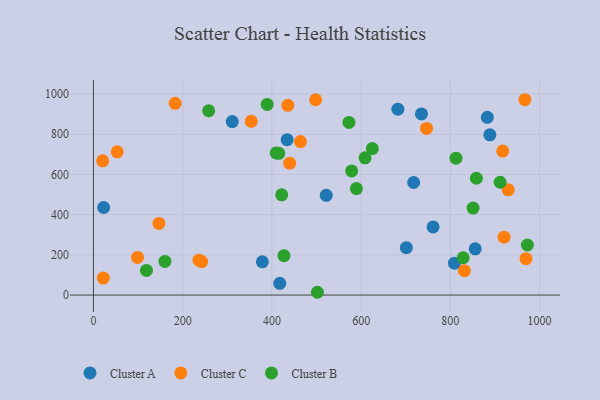
{"axis": {"x": "Investment", "y": "Rating"}, "legend": ["Cluster A", "Cluster B", "Cluster C"], "data": [{"x": "735.2", "y": 901.5, "type": "Cluster A"}, {"x": "855.7", "y": 229.8, "type": "Cluster A"}, {"x": "761.2", "y": 339.1, "type": "Cluster A"}, {"x": "717.7", "y": 560.0, "type": "Cluster A"}, {"x": "682.3", "y": 925.2, "type": "Cluster A"}, {"x": "22.9", "y": 435.7, "type": "Cluster A"}, {"x": "434.2", "y": 773.0, "type": "Cluster A"}, {"x": "521.8", "y": 496.1, "type": "Cluster A"}, {"x": "809.1", "y": 158.6, "type": "Cluster A"}, {"x": "882.8", "y": 884.4, "type": "Cluster A"}, {"x": "701.3", "y": 235.8, "type": "Cluster A"}, {"x": "888.5", "y": 797.1, "type": "Cluster A"}, {"x": "378.6", "y": 165.1, "type": "Cluster A"}, {"x": "417.6", "y": 58.5, "type": "Cluster A"}, {"x": "311.1", "y": 863.4, "type": "Cluster A"}, {"x": "20.6", "y": 667.8, "type": "Cluster C"}, {"x": "967.0", "y": 972.0, "type": "Cluster C"}, {"x": "969.5", "y": 180.9, "type": "Cluster C"}, {"x": "917.4", "y": 716.3, "type": "Cluster C"}, {"x": "929.7", "y": 523.7, "type": "Cluster C"}, {"x": "831.4", "y": 121.4, "type": "Cluster C"}, {"x": "439.8", "y": 656.4, "type": "Cluster C"}, {"x": "236.4", "y": 173.4, "type": "Cluster C"}, {"x": "353.7", "y": 864.4, "type": "Cluster C"}, {"x": "22.2", "y": 84.4, "type": "Cluster C"}, {"x": "146.8", "y": 356.5, "type": "Cluster C"}, {"x": "920.3", "y": 288.2, "type": "Cluster C"}, {"x": "464.0", "y": 763.5, "type": "Cluster C"}, {"x": "53.3", "y": 712.9, "type": "Cluster C"}, {"x": "242.5", "y": 166.7, "type": "Cluster C"}, {"x": "746.6", "y": 829.3, "type": "Cluster C"}, {"x": "435.8", "y": 944.3, "type": "Cluster C"}, {"x": "183.2", "y": 954.1, "type": "Cluster C"}, {"x": "98.8", "y": 187.0, "type": "Cluster C"}, {"x": "498.1", "y": 971.9, "type": "Cluster C"}, {"x": "572.7", "y": 859.0, "type": "Cluster B"}, {"x": "409.6", "y": 707.3, "type": "Cluster B"}, {"x": "118.9", "y": 122.6, "type": "Cluster B"}, {"x": "812.6", "y": 681.0, "type": "Cluster B"}, {"x": "258.3", "y": 917.1, "type": "Cluster B"}, {"x": "850.9", "y": 432.6, "type": "Cluster B"}, {"x": "389.4", "y": 948.7, "type": "Cluster B"}, {"x": "589.4", "y": 529.8, "type": "Cluster B"}, {"x": "160.3", "y": 167.4, "type": "Cluster B"}, {"x": "828.7", "y": 185.5, "type": "Cluster B"}, {"x": "972.6", "y": 249.0, "type": "Cluster B"}, {"x": "608.9", "y": 683.0, "type": "Cluster B"}, {"x": "858.3", "y": 581.2, "type": "Cluster B"}, {"x": "422.0", "y": 498.7, "type": "Cluster B"}, {"x": "625.1", "y": 729.1, "type": "Cluster B"}, {"x": "415.4", "y": 705.1, "type": "Cluster B"}, {"x": "427.0", "y": 196.1, "type": "Cluster B"}, {"x": "911.6", "y": 561.4, "type": "Cluster B"}, {"x": "502.0", "y": 13.8, "type": "Cluster B"}, {"x": "578.8", "y": 617.5, "type": "Cluster B"}]}